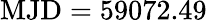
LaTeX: \mathrm{MJD}=59072.49